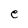
Character: e